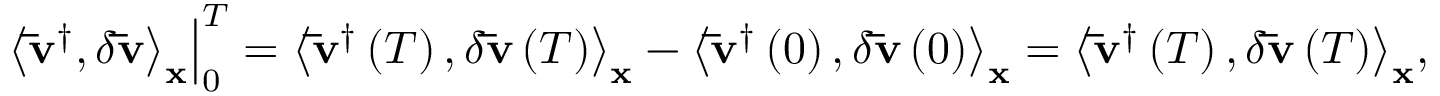
\left. { { { \left\langle { { { { \bf { \bar { v } } } } ^ { \dag } } , \delta { \bf { \bar { v } } } } \right\rangle } _ { \bf { x } } } } \right| _ { 0 } ^ { T } = { \left\langle { { { { \bf { \bar { v } } } } ^ { \dag } } \left( T \right) , \delta { \bf { \bar { v } } } \left( T \right) } \right\rangle _ { \bf { x } } } - { \left\langle { { { { \bf { \bar { v } } } } ^ { \dag } } \left( 0 \right) , \delta { \bf { \bar { v } } } \left( 0 \right) } \right\rangle _ { \bf { x } } } = { \left\langle { { { { \bf { \bar { v } } } } ^ { \dag } } \left( T \right) , \delta { \bf { \bar { v } } } \left( T \right) } \right\rangle _ { \bf { x } } } ,